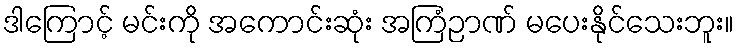
ဒါကြောင့် မင်းကို အကောင်းဆုံး အကြံဉာဏ် မပေးနိုင်သေးဘူး။